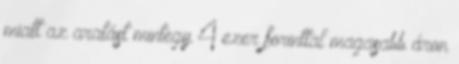
miatt az aratást mintegy 4 ezer forinttal magasabb áron